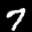
Label: 7